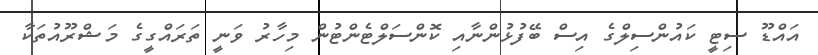
އައްޑޫ ސިޓީ ކައުންސިލްގެ އިސް ބޭފުޅުންނާއި ކޮންސަލްޓެންޓުން މިހާރު ވަނީ ތަރައްގީގެ މަޝްރޫއުތަކާ